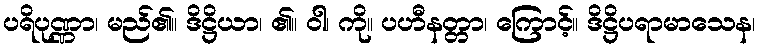
ပရိပုဏ္ဏာ၊ မည်၏။ ဒိဋ္ဌိယာ၊ ၏။ ဝါ၊ ကို။ ပဟီနတ္တာ၊ ကြောင့်။ ဒိဋ္ဌိပရာမာသေန၊